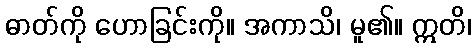
ဓာတ်ကို ဟောခြင်းကို။ အကာသိ၊ မူ၏။ ဣတိ၊